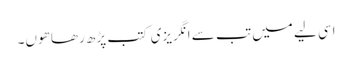
اسی لیے میں تب سے انگریزی کتب پڑھ رھا ھوں۔